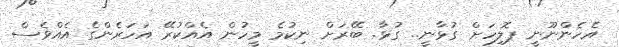
އެހެންނޫނީ ޕޮލިހަށް ގުޅާނީ.. ގުޅާ. ބޭރަށް ނިކުމެ މީހުން އެއްކުރޭ އަހަރެންގެ އެއްވެސް